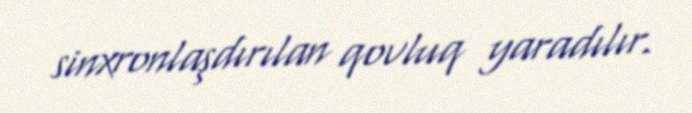
sinxronlaşdırılan qovluq yaradılır.